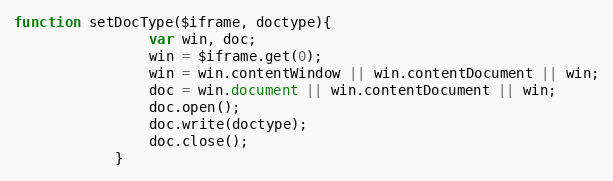
Language: JavaScript
function setDocType($iframe, doctype){
                var win, doc;
                win = $iframe.get(0);
                win = win.contentWindow || win.contentDocument || win;
                doc = win.document || win.contentDocument || win;
                doc.open();
                doc.write(doctype);
                doc.close();
            }